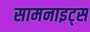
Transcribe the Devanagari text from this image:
सामनाइट्स